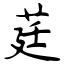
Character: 莛